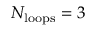
N _ { \mathrm { l o o p s } } = 3